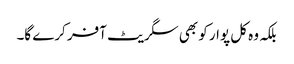
بلکہ وہ کل پوار کو بھی سگریٹ آفر کرے گا۔